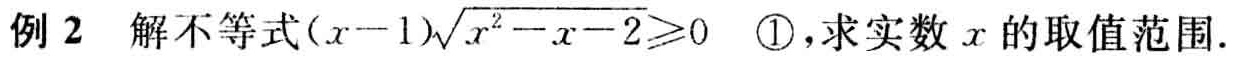
例2 解不等式\((x - 1)\sqrt{x^{2}-x - 2}\geqslant0\) \textcircled{1}，求实数\(x\)的取值范围.